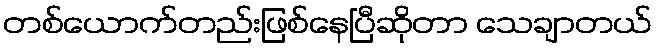
တစ်ယောက်တည်းဖြစ်နေပြီဆိုတာ သေချာတယ်